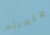
تعلمناه